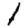
Digit: 1